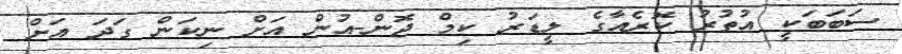
ސަބަބަކީ އުތުރު ކޮރެއާގެ ލީޑަރު ކިމް ޖޮން-އުން އަށް ނިކަން ގަދަ އަށް